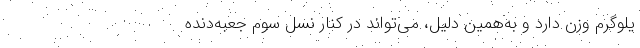
یلوگرم وزن دارد و به‌همین دلیل، می‌تواند در کنار نسل سوم جعبه‌دنده